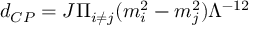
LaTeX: d _ { C P } = J \Pi _ { i \neq j } ( m _ { i } ^ { 2 } - m _ { j } ^ { 2 } ) \Lambda ^ { - 1 2 }